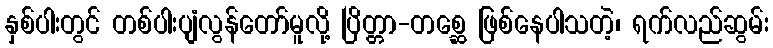
နှစ်ပါးတွင် တစ်ပါးပျံလွန်တော်မူလို့ ပြိတ္တာ-တစ္ဆေ ဖြစ်နေပါသတဲ့၊ ရက်လည်ဆွမ်း